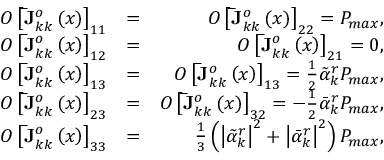
\begin{array} { r l r } { O \left[ \mathbf { \bar { J } } _ { k k } ^ { o } \left( \boldsymbol { x } \right) \right] _ { 1 1 } } & { = } & { O \left[ \mathbf { \bar { J } } _ { k k } ^ { o } \left( \boldsymbol { x } \right) \right] _ { 2 2 } = P _ { m a x } , } \\ { O \left[ \mathbf { \bar { J } } _ { k k } ^ { o } \left( \boldsymbol { x } \right) \right] _ { 1 2 } } & { = } & { O \left[ \mathbf { \bar { J } } _ { k k } ^ { o } \left( \boldsymbol { x } \right) \right] _ { 2 1 } = 0 , } \\ { O \left[ \mathbf { \bar { J } } _ { k k } ^ { o } \left( \boldsymbol { x } \right) \right] _ { 1 3 } } & { = } & { O \left[ \mathbf { \bar { J } } _ { k k } ^ { o } \left( \boldsymbol { x } \right) \right] _ { 1 3 } = \frac { 1 } { 2 } \tilde { \alpha } _ { k } ^ { r } P _ { m a x } , } \\ { O \left[ \mathbf { \bar { J } } _ { k k } ^ { o } \left( \boldsymbol { x } \right) \right] _ { 2 3 } } & { = } & { O \left[ \mathbf { \bar { J } } _ { k k } ^ { o } \left( \boldsymbol { x } \right) \right] _ { 3 2 } = - \frac { 1 } { 2 } \bar { \alpha } _ { k } ^ { r } P _ { m a x } , } \\ { O \left[ \mathbf { \bar { J } } _ { k k } ^ { o } \left( \boldsymbol { x } \right) \right] _ { 3 3 } } & { = } & { \frac { 1 } { 3 } \left( \left| \tilde { \alpha } _ { k } ^ { r } \right| ^ { 2 } + \left| \bar { \alpha } _ { k } ^ { r } \right| ^ { 2 } \right) P _ { m a x } , } \end{array}